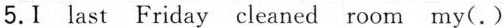
5.I last Friday cleaned room my(.)